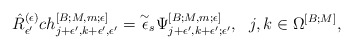
\begin{align*}\hat R^{(\epsilon)}_{\epsilon^\prime} ch^{[B;M,m;\epsilon]}_{j+\epsilon^\prime,k+\epsilon^\prime,\epsilon^\prime}=\overset{\sim}{\epsilon}_{s} \Psi^{[B;M,m;\epsilon]}_{j+\epsilon^\prime,k+\epsilon^\prime;\epsilon^\prime},\,\,\,\,j,k\in\Omega^{[B;M]},\end{align*}